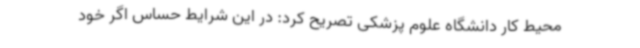
محیط کار دانشگاه علوم پزشکی تصریح کرد:‌ در این شرایط حساس اگر خود